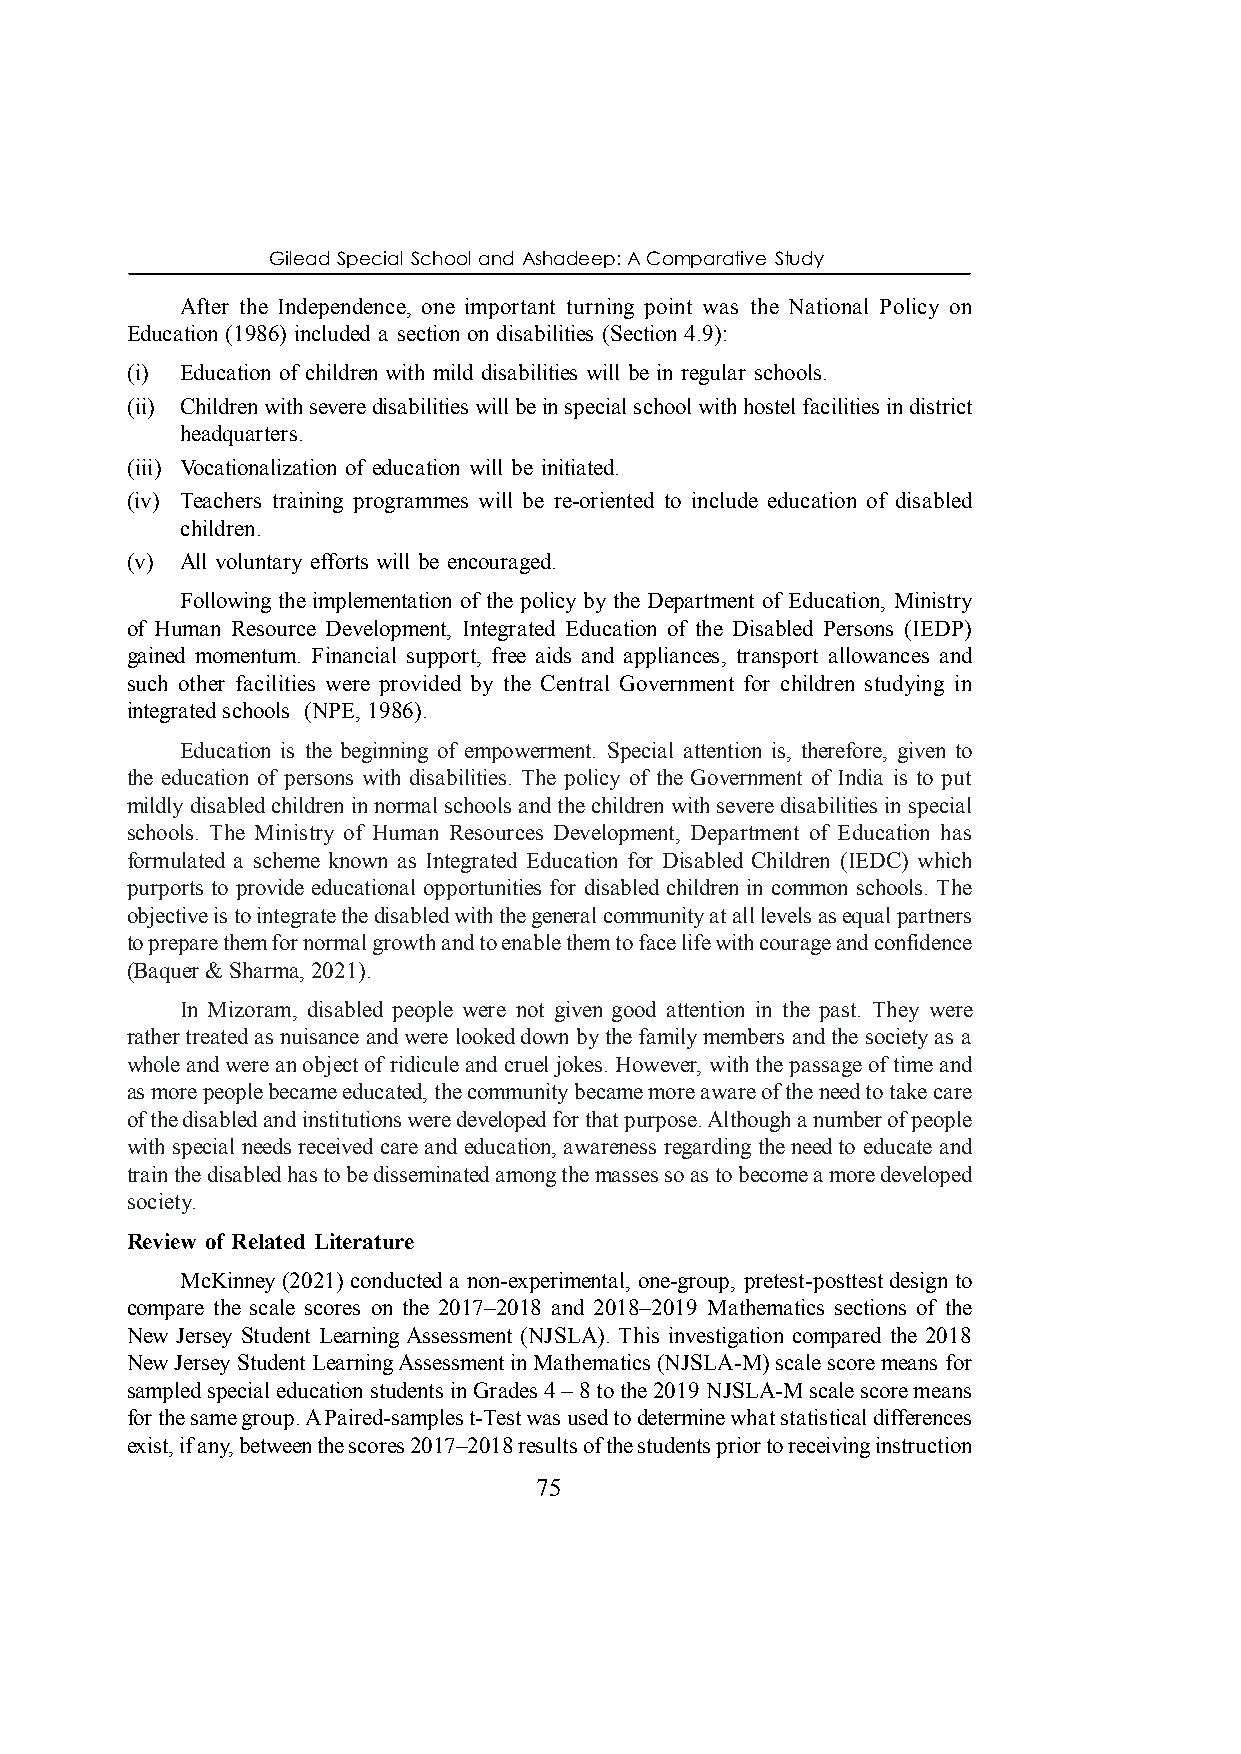
Gilead Special School and Ashadeep: A Comparative Study
 After the Independence, one important turning point was the National Policy on
 Education (1986) included a section on disabilities (Section 4.9):
 (i) Education of children with mild disabilities will be in regular schools.
 (ii) Children with severe disabilities will be in special school with hostel facilities in district
 headquarters.
 (iii) Vocationalization of education will be initiated.
 (iv) Teachers training programmes will be re-oriented to include education of disabled
 children.
 (v) All voluntary efforts will be encouraged.
 Following the implementation of the policy by the Department of Education, Ministry
 of Human Resource Development, Integrated Education of the Disabled Persons (IEDP)
 gained momentum. Financial support, free aids and appliances, transport allowances and
 such other facilities were provided by the Central Government for children studying in
 integrated schools (NPE, 1986).
 Education is the beginning of empowerment. Special attention is, therefore, given to
 the education of persons with disabilities. The policy of the Government of India is to put
 mildly disabled children in normal schools and the children with severe disabilities in special
 schools. The Ministry of Human Resources Development, Department of Education has
 formulated a scheme known as Integrated Education for Disabled Children (IEDC) which
 purports to provide educational opportunities for disabled children in common schools. The
 objective is to integrate the disabled with the general community at all levels as equal partners
 to prepare them for normal growth and to enable them to face life with courage and confidence
 (Baquer & Sharma, 2021).
 In Mizoram, disabled people were not given good attention in the past. They were
 rather treated as nuisance and were looked down by the family members and the society as a
 whole and were an object of ridicule and cruel jokes. However, with the passage of time and
 as more people became educated, the community became more aware of the need to take care
 of the disabled and institutions were developed for that purpose. Although a number of people
 with special needs received care and education, awareness regarding the need to educate and
 train the disabled has to be disseminated among the masses so as to become a more developed
 society.
 Review of Related Literature
 McKinney (2021) conducted a non-experimental, one-group, pretest-posttest design to
 compare the scale scores on the 2017–2018 and 2018–2019 Mathematics sections of the
 New Jersey Student Learning Assessment (NJSLA). This investigation compared the 2018
 New Jersey Student Learning Assessment in Mathematics (NJSLA-M) scale score means for
 sampled special education students in Grades 4 – 8 to the 2019 NJSLA-M scale score means
 for the same group. A Paired-samples t-Test was used to determine what statistical differences
 exist, if any, between the scores 2017–2018 results of the students prior to receiving instruction
 75